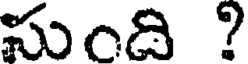
సుంది ?